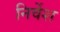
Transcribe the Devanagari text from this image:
निर्वेश